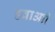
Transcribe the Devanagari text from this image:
हवाआी